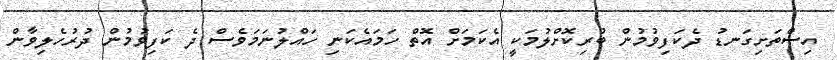
އިސްތަށިގަނޑު ދެކަފިވުމުން ބުރިކޮށްލުމަކީ އެކަމަށް އޮތް ހަމައެކަނި ހައްލުނަމަވެސް ދެ ކަފިވުމުން ދުރުހެލިވާން